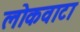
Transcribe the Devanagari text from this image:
लोकवाटा